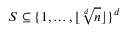
S \subseteq \{ 1 , \dots , \lfloor \sqrt [ d ] { n } \rfloor \} ^ { d }